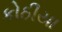
કોઠીયા